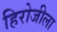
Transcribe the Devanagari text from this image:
हिरोजीला